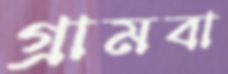
গ্রামবা